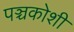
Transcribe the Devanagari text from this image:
पञ्चकोशी